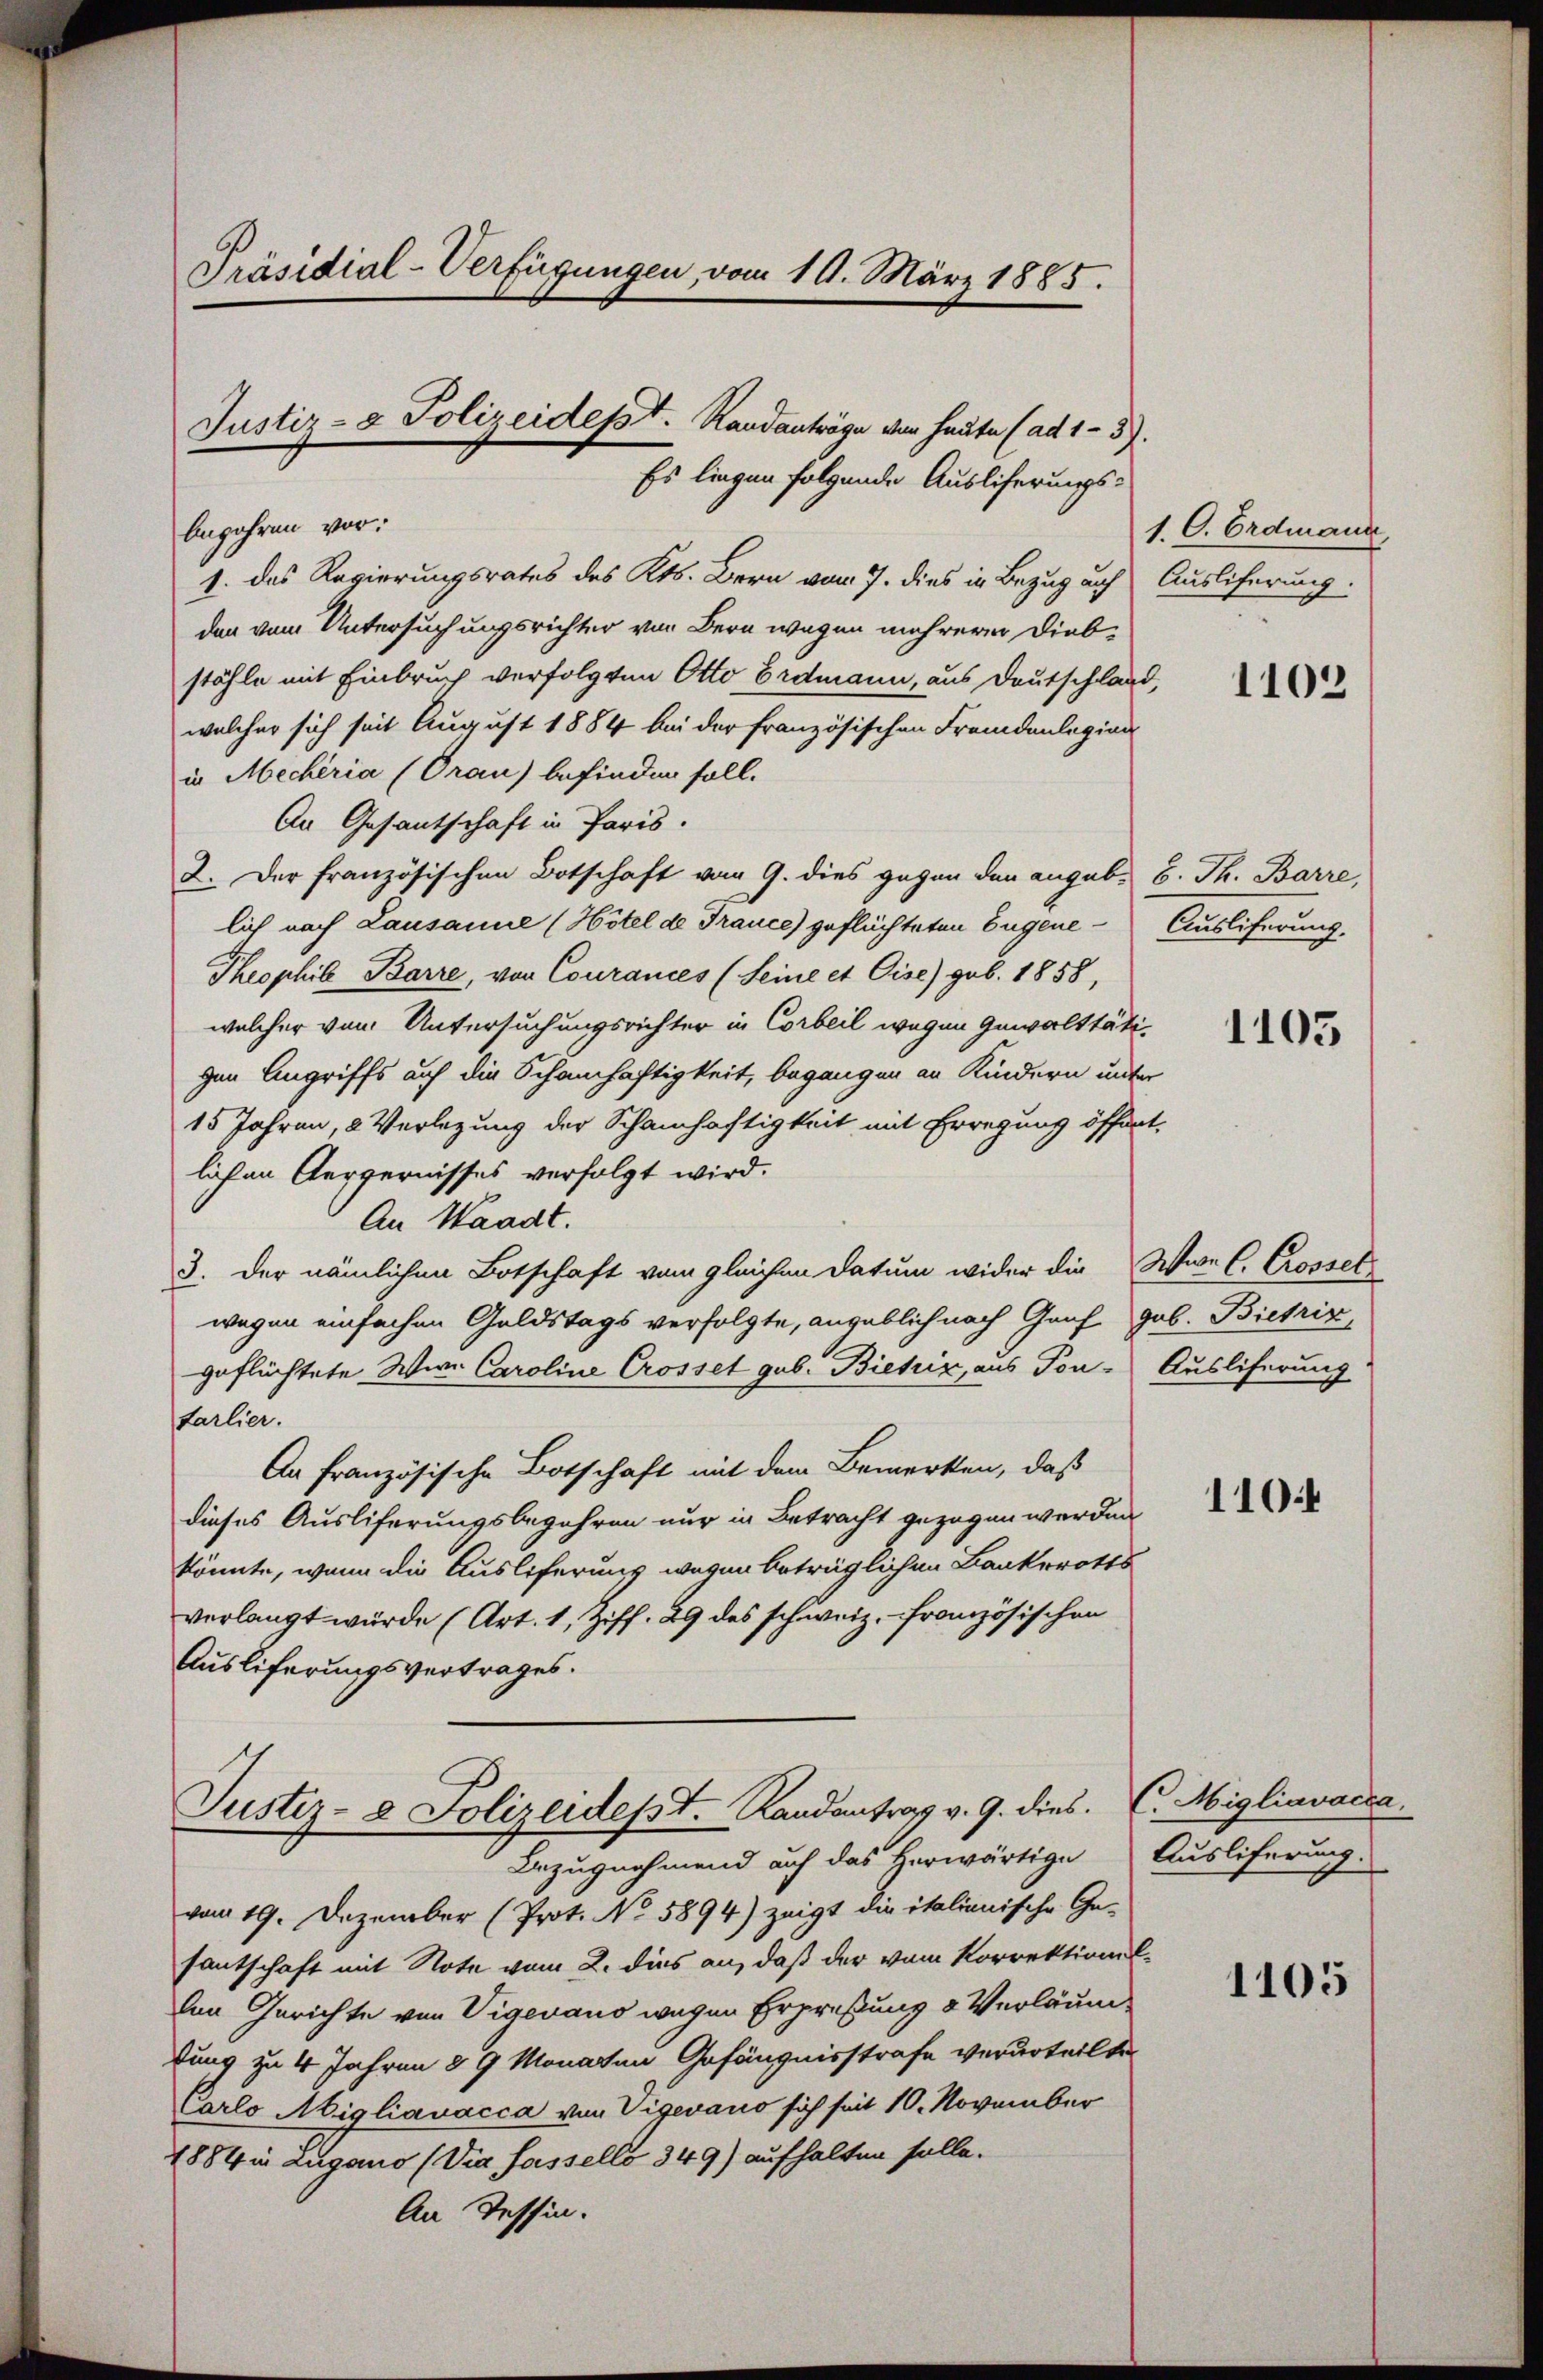
Präsidial-Verfügungen, vom 19. März 1885.

Justiz- & Polizeidept. Randanträge von heute (ad 1-3).
Es liegen folgende Auslieferungs-

begehren vor:
1. das Regierungsrates des Kts. Bern vom 7. dies in Bezug auf Ausliferung.
den vom Untersuchungsrichter von Bern wegen mehrerer Diebstähle mit Einbruch verfolgten Otto Erdmann, aus Deutschland,
welcher sich seit August 1884 bei der französischen Fremdenlegion
in Mecheria (Orau) befinden soll.
An Gesantschaft in Paris.
2. Der französischen Botschaft vom 9. dies gegen den augub. B. Th. Barre,
lich nach Lausanne (Hôtel de France) geflüchteten Eugene Auslieferung.
Theophie Barre, von Courances (Seine et Cise) geb. 1858,
welcher von Untersuchungsrichter in Corbeil wegen Gewalttätigen Angriffs auf die Schamhaftigkeit, begangen an Kindern unter
15 Jahren, 2 Verlegung der Schamhaftigkeit mit Erregung öffentlichen Aergernisses verfolgt wird.
An Waadt.
3. Der nämlichen Botschaft vom gleichen Datum wider die Wie C. Crossel
wegen einfachen Geldstags verfolgte, angeblich nach Genf gab. Bietriz
geflüchtete Wir Caroline Crosset geb. Biehiz, aus Ton- Ausliferung
Farlier.
An französische Botschaft mit dem Bemerken, daß
dieses Ausliferungsbegehren nur in Betracht gezogen werden
könnte, wenn die Auslieferung wegen beträglichen Bankerotts
verlangt würde (Art. 1, Ziff. 29 des schweiz. französischen
Ausliferungsvertrages.

Justiz- & Polizeidept. Randantrag v. 9. dies. E. Migliavacka
Bezugnahmend auf das herwärtige Ausliferung.

vom 19. Dezember (Prot. No 5894) zeigt die italienische Ge-
santschaft mit Note vom 2. dies an, daß der vom Korrektionellen Gerichte von Vigevano wegen Erpreßung & Verläum
fung zu 4 Jahren § 9 Monaten Gefängnisstrafe verurteilte
Carlo Miglianacca von Vigevano sich seit 10. November
1884 in Lugano (Via fassello 349) aufhalten solle.
An Tessin.

1. C. Erdmann,

1103

1105

110

1105